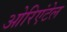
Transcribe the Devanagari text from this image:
ओरिएंटेल